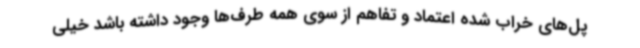
پل‌های خراب شده اعتماد و تفاهم از سوی همه طرف‌ها وجود داشته باشد خیلی